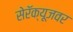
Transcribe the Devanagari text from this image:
सेरॅक्यूजवर